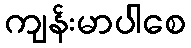
ကျန်းမာပါစေ